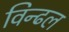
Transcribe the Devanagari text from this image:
विन्ढल